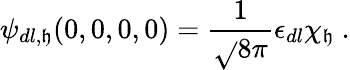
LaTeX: \psi_{dl,\mathfrak{h}}(0,0,0,0)=\frac{{1}}{{\sqrt{}{{8\pi}}}}\epsilon_{dl}\chi_{\mathfrak{h}}\ .